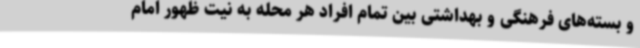
و بسته‌های فرهنگی و بهداشتی بین تمام افراد هر محله به نیت ظهور امام